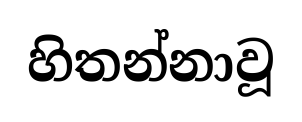
හිතන්නාවූ